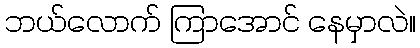
ဘယ်လောက် ကြာအောင် နေမှာလဲ။